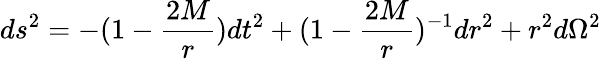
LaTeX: ds^{2}=-(1-{\frac{2M}{r}})dt^{2}+(1-{\frac{2M}{r}})^{-1}dr^{2}+r^{2}d\Omega^{2}